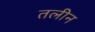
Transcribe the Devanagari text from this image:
तलीन